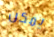
يمكن